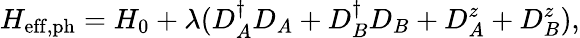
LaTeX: H_{\mathrm{eff,ph}}=H_{0}+\lambda(D_{A}^{\dagger}D_{A}+D_{B}^{\dagger}D_{B}+D_{A}^{z}+D_{B}^{z}),